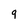
Character: g